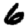
Digit: 6